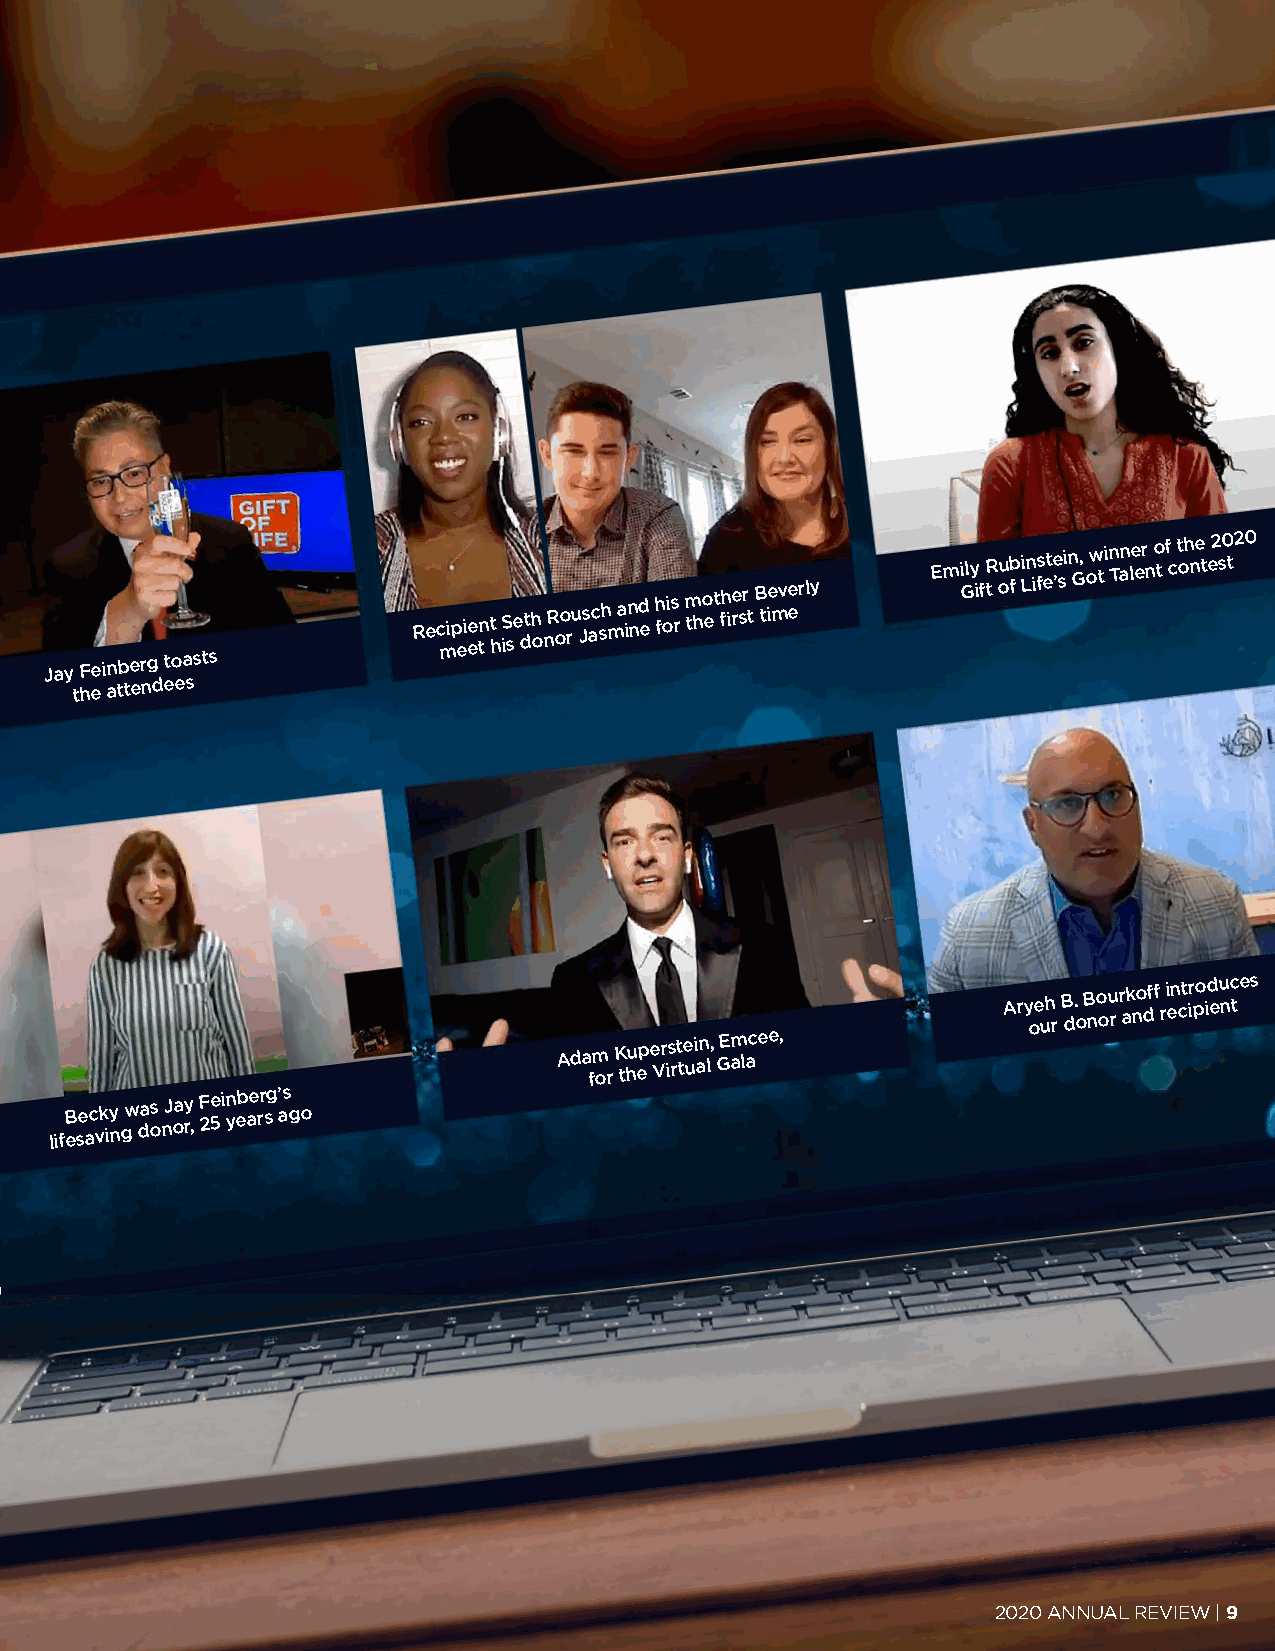
Jay
 Feinberg
 toasts
 Rec mip ei ee tn t
 h
 iS se dth
 o
 nR oo ru Js ac sh m a in nd e h fois r m tho et fh ire sr t B tie mve erly
 Emi Gly
 if
 R
 t
 oub
 f
 i Ln ifs ete ’si n G, ow ti n Tan le er n o t f c t oh ne t e2 s0 t20
 the
 attendees
 Ary oe uh
 r
 B d.
 o
 B no ou
 r
 r ak no dff
 r
 i en ct ir po id eu nc tes
 Ada fm
 or
 K thu ep e Vr is rt te ui an l, GE am lacee,
 lifB ese ac vk iy
 n
 gw das
 o
 nJ oay
 r,
 F 25ei n yeb ae rr sg ’ as go
 2020 ANNUAL REVIEW | 9